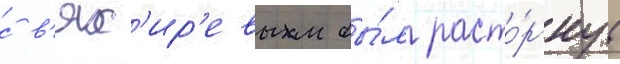
с в'ях'ир'евым бы́л расто́ргнут